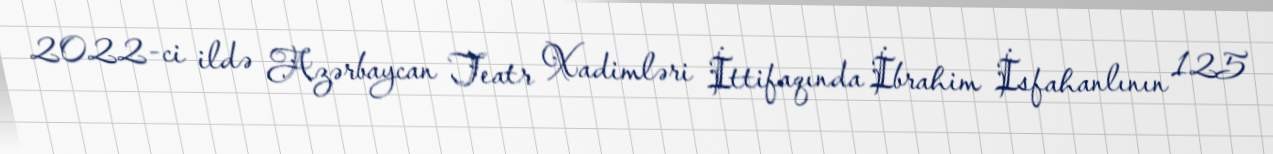
2022-ci ildə Azərbaycan Teatr Xadimləri İttifaqında İbrahim İsfahanlının 125